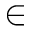
\in